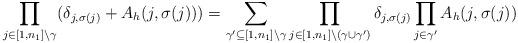
LaTeX: \begin{align*}\prod\limits_{j\in [1,n_1]\setminus\gamma}(\delta_{j,\sigma(j)}+A_h(j,\sigma(j)))=\sum\limits_{\gamma'\subseteq [1,n_1]\setminus\gamma}\prod\limits_{j\in[1,n_1]\setminus(\gamma\cup\gamma')}\delta_{j,\sigma(j)}\prod\limits_{j\in\gamma'}A_h(j,\sigma(j))\end{align*}